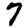
Digit: 7